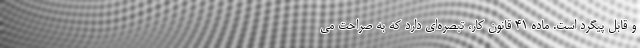
و قابل پیگرد است. ماده ۴۱ قانون کار، تبصره‌ای دارد که به صراحت می